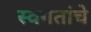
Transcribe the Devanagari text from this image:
स्वगतांचे